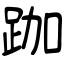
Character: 跏